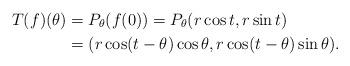
LaTeX: \begin{align*}T(f)(\theta) &= P_{\theta}(f(0))=P_{\theta}(r\cos t,r\sin t)\\ &= (r\cos(t-\theta)\cos\theta,r\cos(t-\theta)\sin\theta).\end{align*}